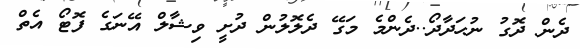
ދެން ދޮގު ނުހަދާދޯ..ދެންމެ މަގޭ ދެލޮލުން ދުށީ ވިޝާލް އޭނަގެ ފޮޓޯ އެތް